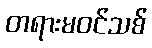
တရားမဝင်သစ်